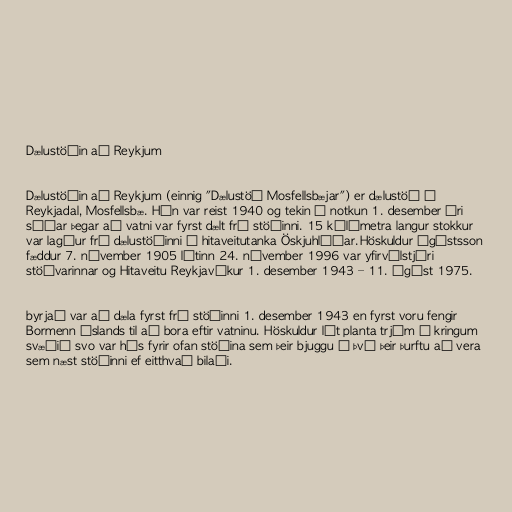
Dælustöðin að Reykjum

Dælustöðin að Reykjum (einnig "Dælustöð Mosfellsbæjar") er dælustöð í
Reykjadal, Mosfellsbæ. Hún var reist 1940 og tekin í notkun 1. desember ári
síðar þegar að vatni var fyrst dælt frá stöðinni. 15 kílómetra langur stokkur
var lagður frá dælustöðinni í hitaveitutanka Öskjuhlíðar.Höskuldur Ágústsson
fæddur 7. nóvember 1905 látinn 24. nóvember 1996 var yfirvélstjóri
stöðvarinnar og Hitaveitu Reykjavíkur 1. desember 1943 – 11. ágúst 1975.

byrjað var að dæla fyrst frá stöðinni 1. desember 1943 en fyrst voru fengir
Bormenn Íslands til að bora eftir vatninu. Höskuldur lét planta trjám í kringum
svæðið svo var hús fyrir ofan stöðina sem þeir bjuggu í því þeir þurftu að vera
sem næst stöðinni ef eitthvað bilaði.